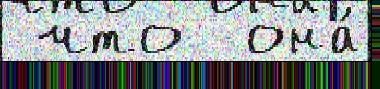
 что  она́